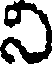
ని